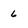
Character: 6